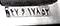
۴۷و۱۷۸۵۳